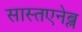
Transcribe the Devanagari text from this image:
सास्तएनेब्ल